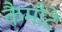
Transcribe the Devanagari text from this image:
कैमौटे